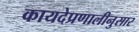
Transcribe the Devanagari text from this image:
कायदेप्रणालीनुसार